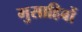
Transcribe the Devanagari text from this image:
मुसाहिबों